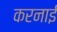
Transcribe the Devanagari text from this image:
करनाई